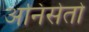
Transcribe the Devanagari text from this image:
अनिसेतो